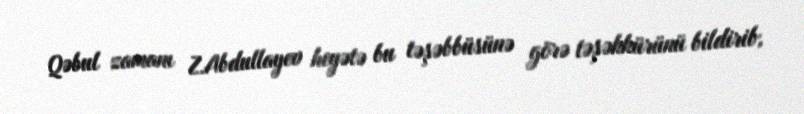
Qəbul zamanı Z.Abdullayev heyətə bu təşəbbüsünə görə təşəkkürünü bildirib,